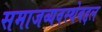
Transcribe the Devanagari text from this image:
समाजव्यवस्थेबद्दल